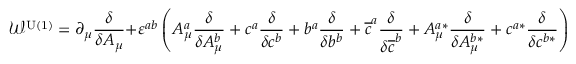
\mathcal { W } ^ { \mathrm { U ( 1 ) } } = \partial _ { \mu } \frac \delta { \delta A _ { \mu } } + \varepsilon ^ { a b } \left( A _ { \mu } ^ { a } \frac \delta { \delta A _ { \mu } ^ { b } } + c ^ { a } \frac \delta { \delta c ^ { b } } + b ^ { a } \frac \delta { \delta b ^ { b } } + \overline { { { c } } } ^ { a } \frac \delta { \delta \overline { { { c } } } ^ { b } } + A _ { \mu } ^ { a * } \frac \delta { \delta A _ { \mu } ^ { b * } } + c ^ { a * } \frac \delta { \delta c ^ { b * } } \right) \; .